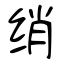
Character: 绡